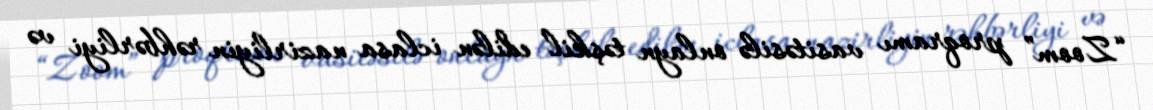
“Zoom” proqramı vasitəsilə onlayn təşkil edilən iclasa nazirliyin rəhbərliyi və